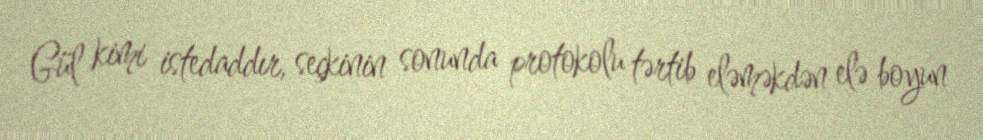
Gül kimi istedaddır, seçkinin sonunda protokolu tərtib eləməkdən elə boyun